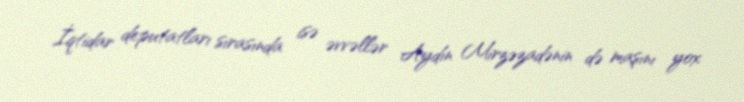
İqtidar deputatları sırasında isə əvvəllər Aydın Mirzəzadənin də maşını yox